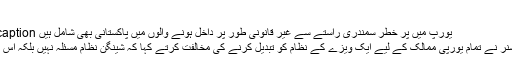
‘
Image caption یورپ میں پر خطر سمندری راستے سے غیر قانونی طور پر داخل ہونے والوں میں پاکستانی بھی شامل ہیں
یورپی کمشنر نے تمام یورپی ممالک کے لیے ایک ویزے کے نظام کو تبدیل کرنے کی مخالفت کرتے کہا کہ شینگن نظام مسئلہ نہیں بلکہ اس کا حل ہے۔